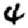
Digit: 4